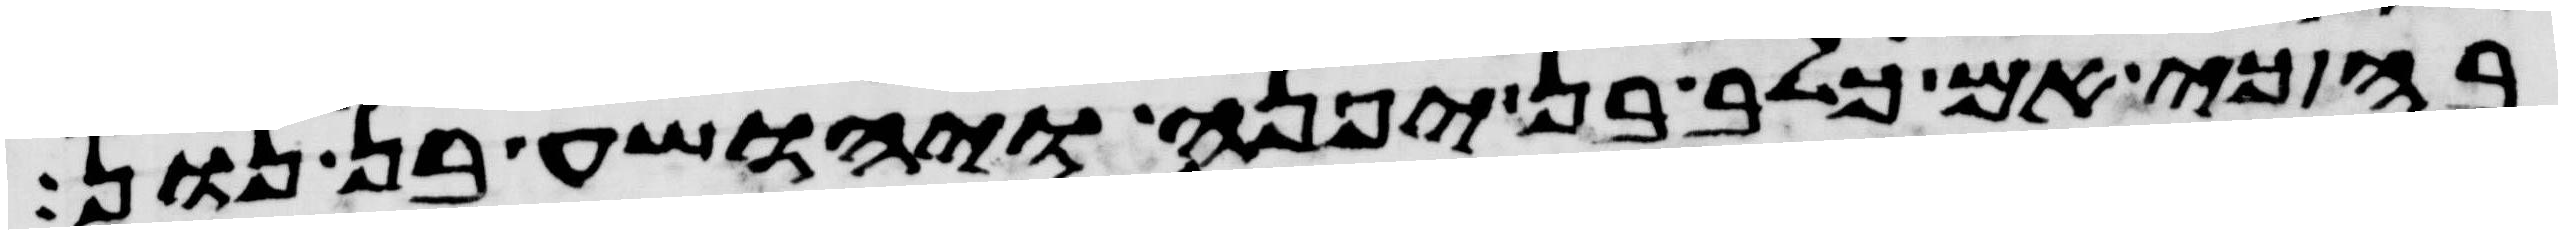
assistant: בה כי אם כלב בן יפנה ויהושע בן נון